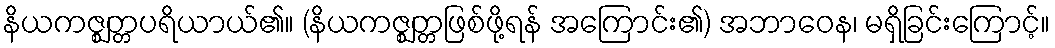
နိယကဇ္ဈတ္တပရိယာယ်၏။ (နိယကဇ္ဈတ္တဖြစ်ဖို့ရန် အကြောင်း၏) အဘာဝေန၊ မရှိခြင်းကြောင့်။